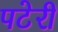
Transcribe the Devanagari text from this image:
पटेरी